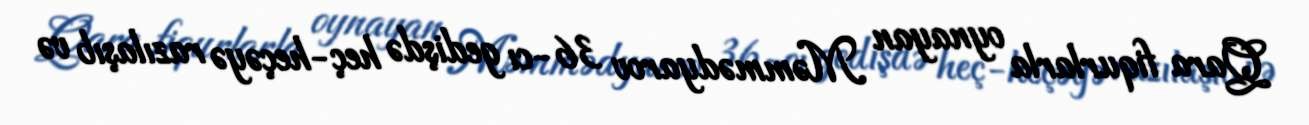
Qara fiqurlarla oynayan Məmmədyarov 36-cı gedişdə heç-heçəyə razılaşıb və